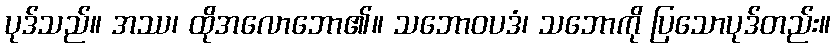
ပုဒ်သည်။ အဿ၊ ထိုအလောဘော၏။ သဘောဝပဒံ၊ သဘောကို ပြသောပုဒ်တည်း။